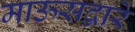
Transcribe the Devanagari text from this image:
माऊसद्वारे